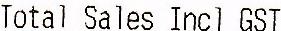
TOTAL SALES INCL GST